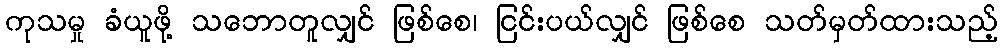
ကုသမှု ခံယူဖို့ သဘောတူလျှင် ဖြစ်စေ၊ ငြင်းပယ်လျှင် ဖြစ်စေ သတ်မှတ်ထားသည့်